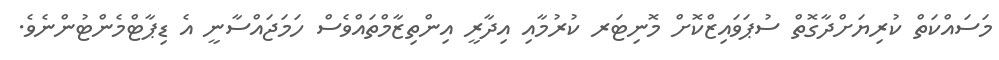
މަސައްކަތް ކުރިޔަށްދާގޮތް ސުޕަވައިޒްކޮށް މޮނިޓަރ ކުރުމާއި އިދާރީ އިންތިޒާމްތައްވެސް ހަމަޖައްސާނީ އެ ޑިޕާޓްމެންޓުންނެވެ.